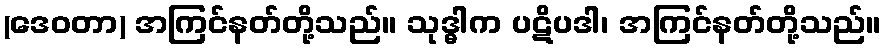
(ဒေဝတာ) အကြင်နတ်တို့သည်။ သုဒ္ဓါက ပဋိပဒါ၊ အကြင်နတ်တို့သည်။